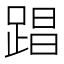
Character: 𮛤